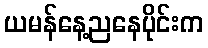
ယမန်နေ့ညနေပိုင်းက